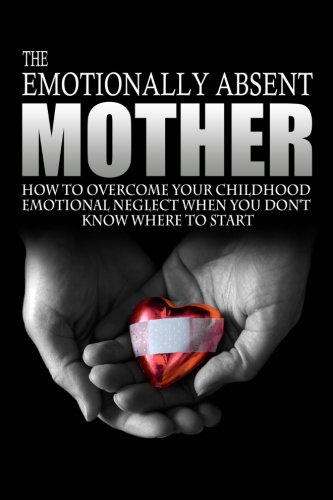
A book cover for The Emotionally Absent Mother: How To Overcome Your Childhood Neglect When You Don't Know Where To Start & Meditations And Affirmations to Help You Overcome Childhood Neglect.; J.L. Anderson; Self-Help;